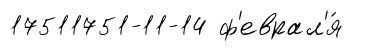
17511751-11-14 ф'еврал'я́